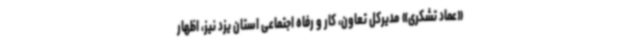
«عماد تشکری» مدیرکل تعاون، کار و رفاه اجتماعی استان یزد نیز، اظهار